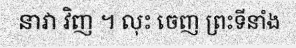
នាវា វិញ ។ លុះ ចេញ ព្រះទីនាំង